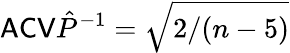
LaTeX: \mathsf{ACV}\hat{P}^{-1}=\sqrt{2/(n-5)}